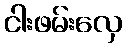
ငါးဖမ်းလှေ